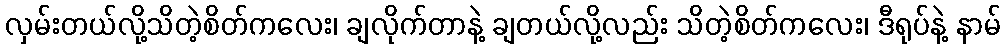
လှမ်းတယ်လို့သိတဲ့စိတ်ကလေး၊ ချလိုက်တာနဲ့ ချတယ်လို့လည်း သိတဲ့စိတ်ကလေး၊ ဒီရုပ်နဲ့ နာမ်